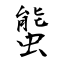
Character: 螚